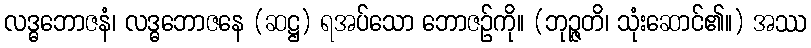
လဒ္ဓဘောဇနံ၊ လဒ္ဓဘောဇနေ (ဆဋ္ဌ) ရအပ်သော ဘောဇဉ်ကို။ (ဘုဉ္ဇတိ၊ သုံးဆောင်၏။) အဿ